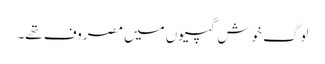
لوگ خوش گپیوں میں مصروف تھے۔